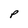
Character: P